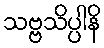
သဗ္ဗသိပ္ပါနိ